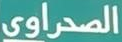
الصحراوي